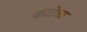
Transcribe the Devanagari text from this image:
कंटोळा